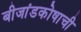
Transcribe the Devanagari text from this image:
बीजांडकोषाची